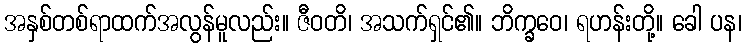
အနှစ်တစ်ရာထက်အလွန်မူလည်း။ ဇီဝတိ၊ အသက်ရှင်၏။ ဘိက္ခဝေ၊ ရဟန်းတို့။ ခေါ ပန၊